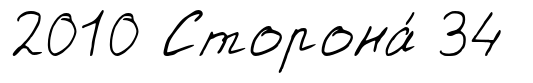
2010 Сторона́ 34